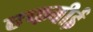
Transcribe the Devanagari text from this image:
एफबीई